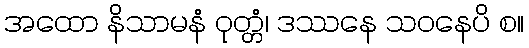
အထော နိသာမနံ ဝုတ္တံ၊ ဒဿနေ သဝနေပိ စ။